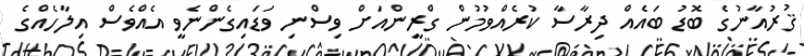
ޤުރުއާނުގެ ބޮޑު ބައެއް ދިރާސާ ކުރެއްވުމުން ގްރީންއަށް ވިސްނި ވަޑައިގެންނެވީ އެއްވެސް އިލާހެއްގެ